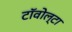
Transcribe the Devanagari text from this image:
टॉवोल्‍टा